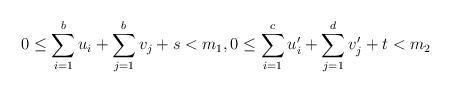
LaTeX: \begin{gather*} 0\leq \sum_{i=1}^b u_i+\sum_{j=1}^b v_j+s<m_1,0\leq \sum_{i=1}^c u'_i+\sum_{j=1}^d v'_j+t <m_2 \end{gather*}